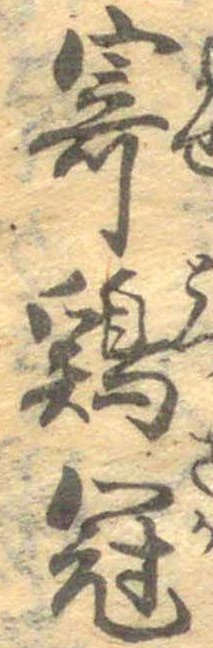
寄鶏冠